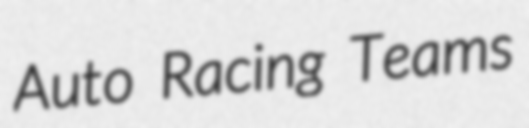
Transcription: Auto Racing Teams